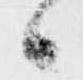
候